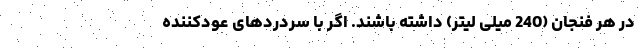
در هر فنجان (240 میلی لیتر) داشته باشند. اگر با سردردهای عودکننده